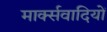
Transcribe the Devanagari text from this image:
मार्क्सवादियों